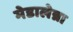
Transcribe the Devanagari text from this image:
मेडालेन्ना